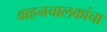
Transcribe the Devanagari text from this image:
वाहनचालकांचा